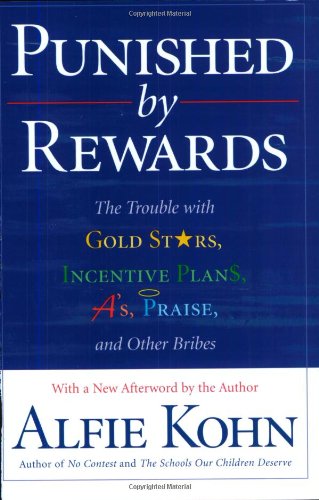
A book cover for Punished by Rewards: The Trouble with Gold Stars, Incentive Plans, A's, Praise, and Other Bribes; Alfie Kohn; Medical Books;